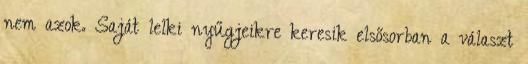
nem azok. Saját lelki nyűgjeikre keresik elsősorban a választ